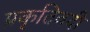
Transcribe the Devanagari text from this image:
प्रकृतिवदी